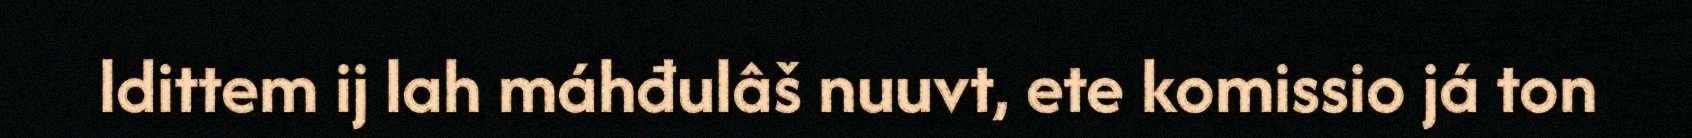
ldittem ij lah máhđulâš nuuvt, ete komissio já ton